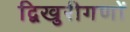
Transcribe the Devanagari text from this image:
द्विखुरीगणों